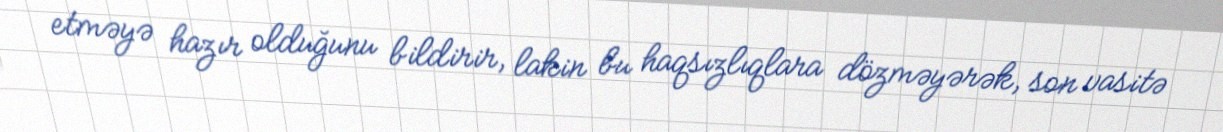
etməyə hazır olduğunu bildirir, lakin bu haqsızlıqlara dözməyərək, son vasitə